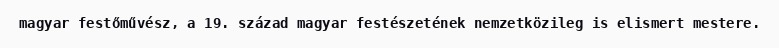
magyar festőművész, a 19. század magyar festészetének nemzetközileg is elismert mestere.